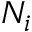
N _ { i }